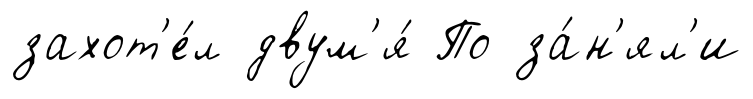
захот'е́л двум'я́ По за́н'ял'и